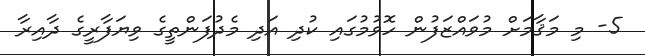
5- މި މަޤާމަށް މުވައްޒަފުން ހޮވުމުގައި ކުދި އަދި މެދުފަންތީގެ ވިޔަފާރީގެ ދާއިރާ